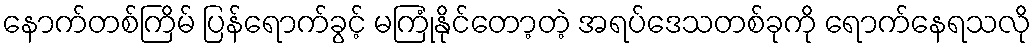
နောက်တစ်ကြိမ် ပြန်ရောက်ခွင့် မကြုံနိုင်တော့တဲ့ အရပ်ဒေသတစ်ခုကို ရောက်နေရသလို